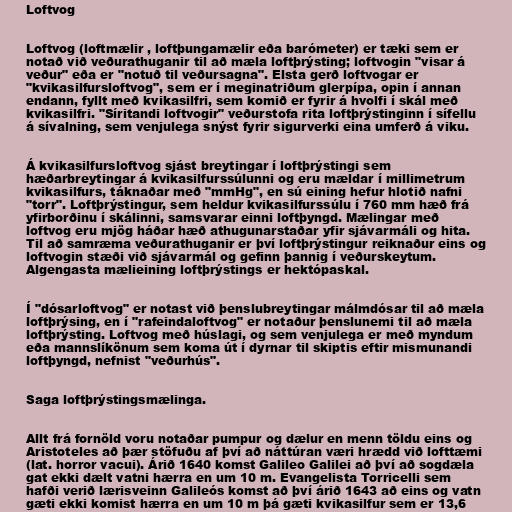
Loftvog

Loftvog (loftmælir , loftþungamælir eða barómeter) er tæki sem er
notað við veðurathuganir til að mæla loftþrýsting; loftvogin "visar á
veður" eða er "notuð til veðursagna". Elsta gerð loftvogar er
"kvikasilfursloftvog", sem er í meginatriðum glerpípa, opin í annan
endann, fyllt með kvikasilfri, sem komið er fyrir á hvolfi í skál með
kvikasilfri. "Síritandi loftvogir" veðurstofa rita loftþrýstinginn í sífellu
á sívalning, sem venjulega snýst fyrir sigurverki eina umferð á viku.

Á kvikasilfursloftvog sjást breytingar í loftþrýstingi sem
hæðarbreytingar á kvikasilfurssúlunni og eru mældar í millimetrum
kvikasilfurs, táknaðar með "mmHg", en sú eining hefur hlotið nafni
"torr". Loftþrýstingur, sem heldur kvikasilfurssúlu í 760 mm hæð frá
yfirborðinu í skálinni, samsvarar einni loftþyngd. Mælingar með
loftvog eru mjög háðar hæð athugunarstaðar yfir sjávarmáli og hita.
Til að samræma veðurathuganir er því loftþrýstingur reiknaður eins og
loftvogin stæði við sjávarmál og gefinn þannig í veðurskeytum.
Algengasta mælieining loftþrýstings er hektópaskal.

Í "dósarloftvog" er notast við þenslubreytingar málmdósar til að mæla
loftþrýsing, en í "rafeindaloftvog" er notaður þenslunemi til að mæla
loftþrýsting. Loftvog með húslagi, og sem venjulega er með myndum
eða mannslíkönum sem koma út í dyrnar til skiptis eftir mismunandi
loftþyngd, nefnist "veðurhús".

Saga loftþrýstingsmælinga.

Allt frá fornöld voru notaðar pumpur og dælur en menn töldu eins og
Aristoteles að þær stöfuðu af því að náttúran væri hrædd við lofttæmi
(lat. horror vacui). Árið 1640 komst Galileo Galilei að því að sogdæla
gat ekki dælt vatni hærra en um 10 m. Evangelista Torricelli sem
hafði verið lærisveinn Galileós komst að því árið 1643 að eins og vatn
gæti ekki komist hærra en um 10 m þá gæti kvikasilfur sem er 13,6